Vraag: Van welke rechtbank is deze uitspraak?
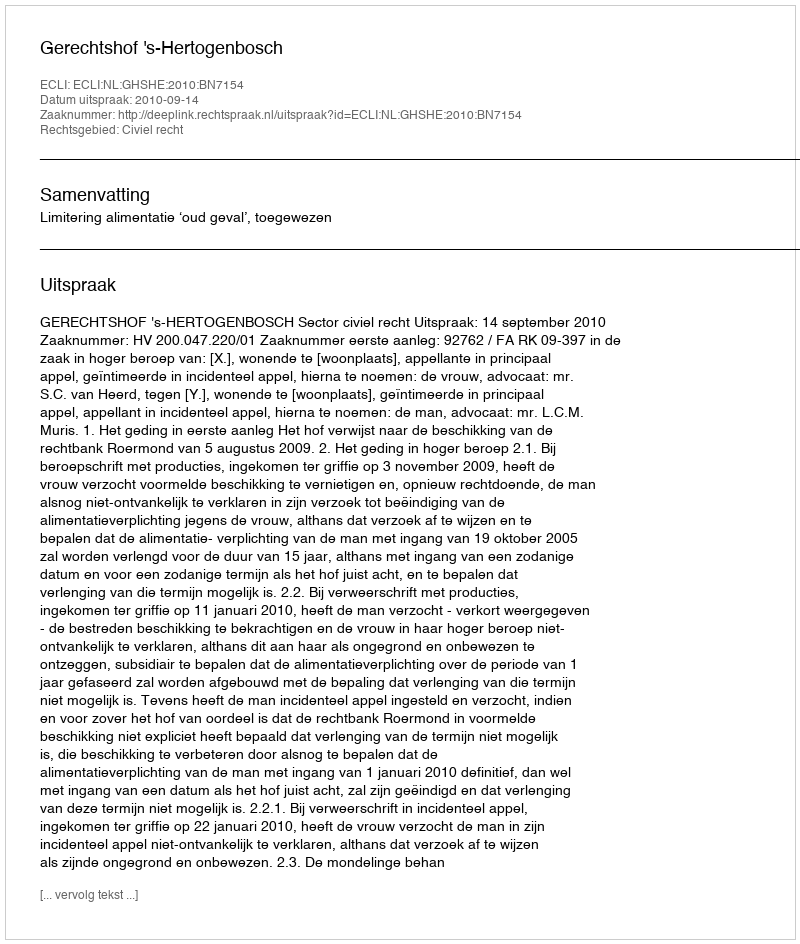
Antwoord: Gerechtshof 's-Hertogenbosch